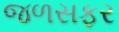
જળસફર